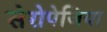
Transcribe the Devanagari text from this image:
सेरोपेजिया